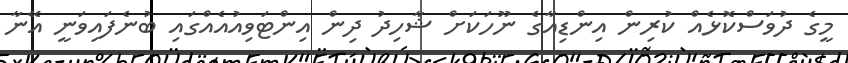
މީގެ ދުވަސްކޮޅެއް ކުރިން އިންޑިއާގެ ނޫހަކަށް ޝާހިދު ދިން އިންޓަވިއުއެއްގައި ބުނެފައިވަނީ އޭނާ